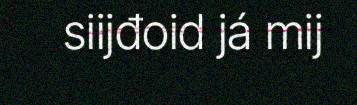
siijđoid já mij